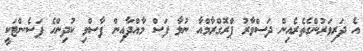
އެ ދަރިވަރުންގެތެރެއިން ދަސްވާރު ޕްރޮގްރާމްއާ ނުލާ ފަސް މާއްދާއިން ފާސްވި ކުދިންހެ ޕަސެންޓަކީ